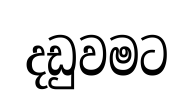
දඩුවමට